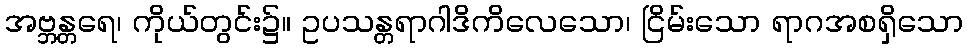
အဗ္ဘန္တရေ၊ ကိုယ်တွင်း၌။ ဥပသန္တရာဂါဒိကိလေသော၊ ငြိမ်းသော ရာဂအစရှိသော